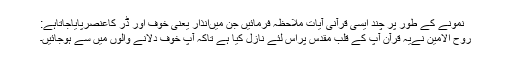
نمونے کے طور پر چند ایسی قرآنی آیات ملاحظہ فرمائیں جن میںانذار یعنی خوف اور ڈر کاعنصرپایاجاتاہے:
روح الامین نےیہ قرآن آپ کے قلبِ مقدس پراس لئے نازل کیا ہے تاکہ آپ خوف دلانے والوں میں سے ہوجائیں۔